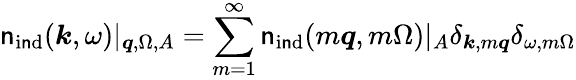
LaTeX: {\mathsf{n}}_{\mathrm{{i\mathsf{n}d}}}(\boldsymbol{k},\omega)|_{\boldsymbol{q},\Omega,A}=\sum_{m=1}^{\infty}{\mathsf{n}}_{\mathrm{{i\mathsf{n}d}}}(m\boldsymbol{q},m\Omega)|_{A}\delta_{\boldsymbol{k},m\boldsymbol{q}}\delta_{\omega,m\Omega}